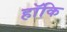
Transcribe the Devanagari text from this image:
हॉकि